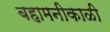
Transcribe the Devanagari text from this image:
बहामनीकाळी